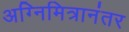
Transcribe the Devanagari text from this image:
अग्निमित्रानंतर